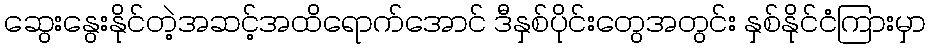
ဆွေးနွေးနိုင်တဲ့အဆင့်အထိရောက်အောင် ဒီနှစ်ပိုင်းတွေအတွင်း နှစ်နိုင်ငံကြားမှာ